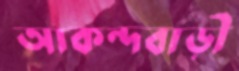
আকন্দবাড়ী